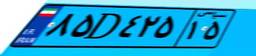
۸۵D۴۲۵۱۵